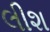
લીશ